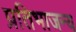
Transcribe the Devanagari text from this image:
प्रतिभाजन्य